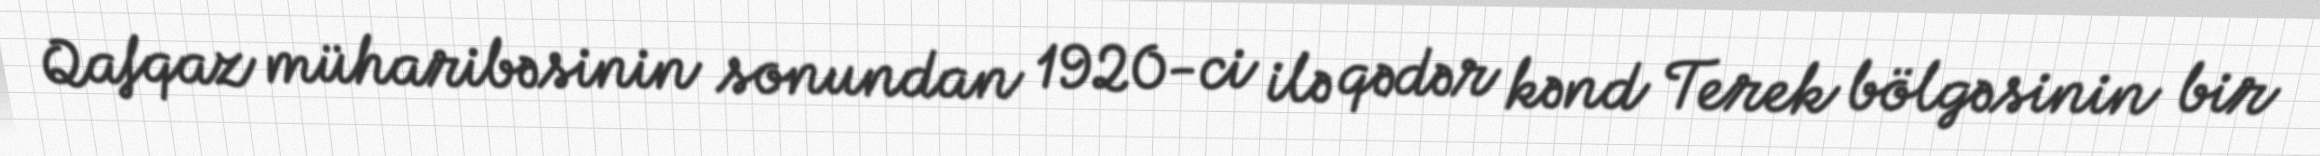
Qafqaz müharibəsinin sonundan 1920-ci ilə qədər kənd Terek bölgəsinin bir